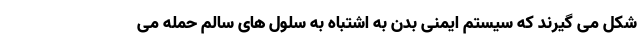
شکل می گیرند که سیستم ایمنی بدن به اشتباه به سلول های سالم حمله می